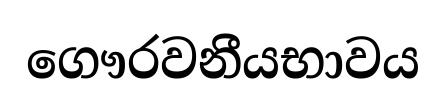
ගෞරවනීයභාවය